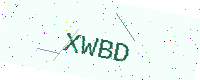
Text: XWBD